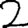
Digit: 2